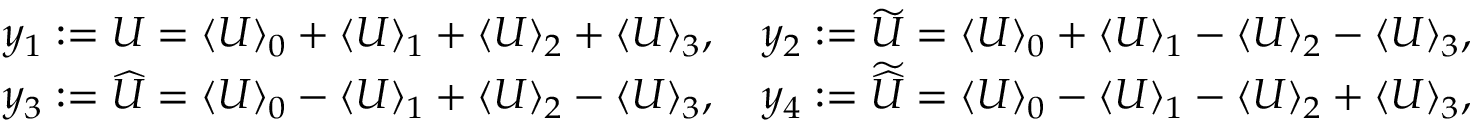
\begin{array} { r l r } & { } & { \! \! y _ { 1 } : = U = \langle U \rangle _ { 0 } + \langle U \rangle _ { 1 } + \langle U \rangle _ { 2 } + \langle U \rangle _ { 3 } , \quad y _ { 2 } : = \widetilde { U } = \langle U \rangle _ { 0 } + \langle U \rangle _ { 1 } - \langle U \rangle _ { 2 } - \langle U \rangle _ { 3 } , } \\ & { } & { \! \! y _ { 3 } : = \widehat { U } = \langle U \rangle _ { 0 } - \langle U \rangle _ { 1 } + \langle U \rangle _ { 2 } - \langle U \rangle _ { 3 } , \quad y _ { 4 } : = \widetilde { \widehat { U } } = \langle U \rangle _ { 0 } - \langle U \rangle _ { 1 } - \langle U \rangle _ { 2 } + \langle U \rangle _ { 3 } , } \end{array}